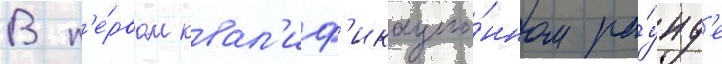
В п'е́рвом квал'иф'икацио́нном ра́унд'е